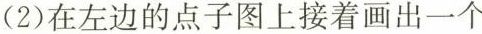
(2)在左边的点子图上接着画出一个